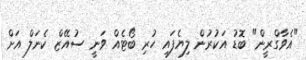
"އެވާގްރީން" ބޮޑު އަކުރުން ލިޔެފައި ހުރި ބޯޓެއް ވަނީ ސުއޭޒް ކެނަލް އަށް